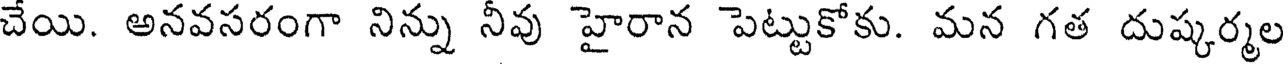
చేయి. అనవసరంగా నిన్ను నీవు హైరాన పెట్టుకోకు. మన గత దుష్కర్మల